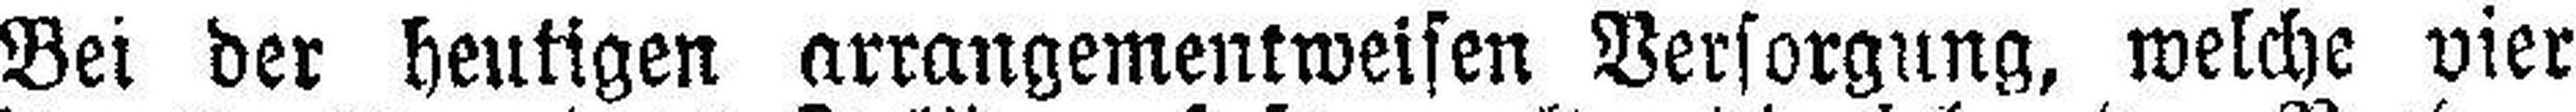
Bei der heutigen arrangementweisen Versorgung, welche vier